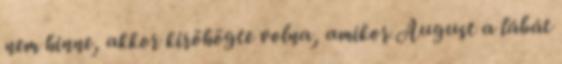
nem hinne, akkor kiröhögte volna, amikor August a lábát